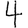
Digit: 4